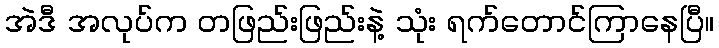
အဲဒီ အလုပ်က တဖြည်းဖြည်းနဲ့ သုံး ရက်တောင်ကြာနေပြီ။